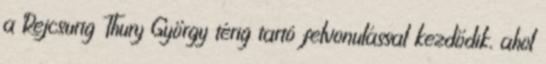
a Rejcsurig Thury György térig tartó felvonulással kezdődik, ahol